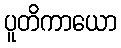
ပူတိကာယော